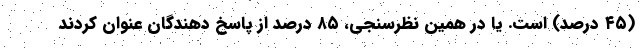
(۴۵ درصد) است. یا در همین نظرسنجی، ۸۵ درصد از پاسخ دهندگان عنوان کردند